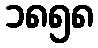
၁၈၅၈